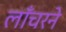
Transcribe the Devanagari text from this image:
लाँचरने